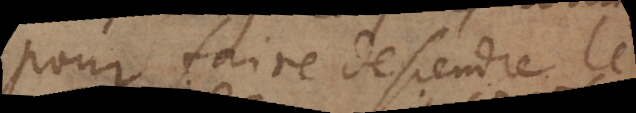
pour faire descendre le